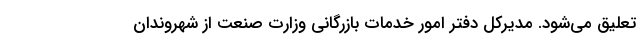
تعلیق می‌شود. مدیرکل دفتر امور خدمات بازرگانی وزارت صنعت از شهروندان